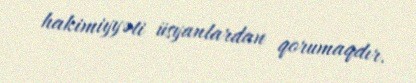
hakimiyyəti üsyanlardan qorumaqdır.